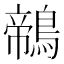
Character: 鶙